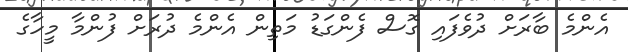
އެންމެ ބާރަށް ދުވެފައި ގޮސް ފެންގަޑު މަތިން އެންމެ ދުރަށް ފުންމާ މީހާގެ